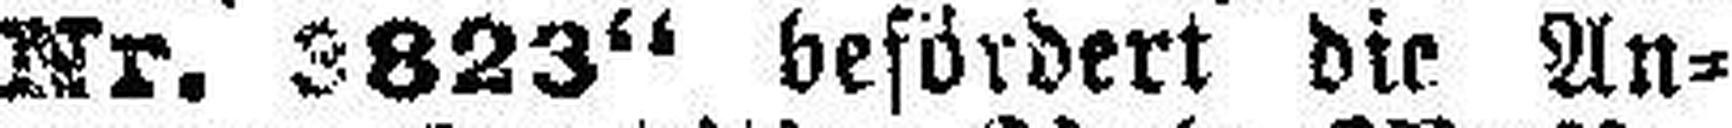
Nr. 3823“ befördert die An¬